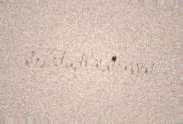
məhdudlaşmayın.